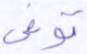
توفى